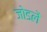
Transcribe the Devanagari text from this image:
जोडलें